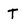
Character: T